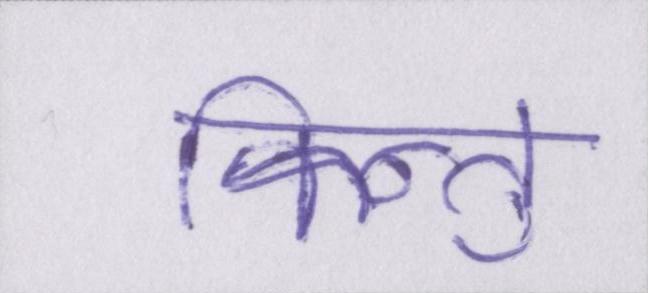
किन्तु